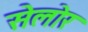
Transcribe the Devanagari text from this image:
सेलोर